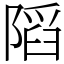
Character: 䧟